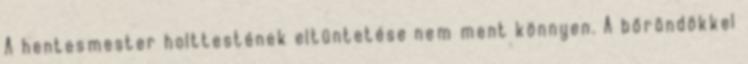
A hentesmester holttestének eltüntetése nem ment könnyen. A bőröndökkel